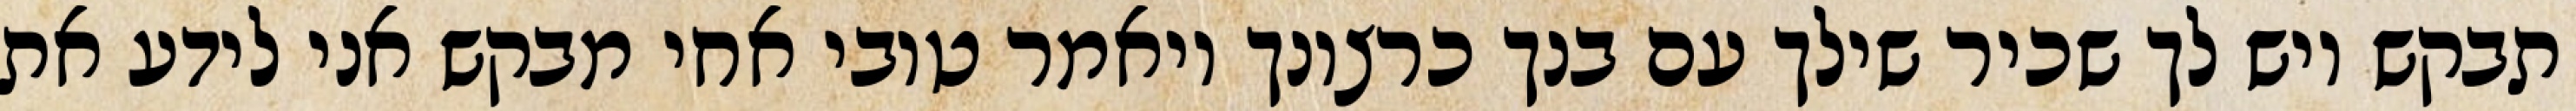
תבקש ויש לך שכיר שילך עם בנך כרצונך ויאמר טובי אחי מבקש אני לידע את